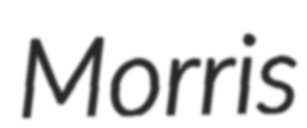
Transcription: Morris